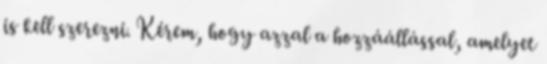
is kell szerezni. Kérem, hogy azzal a hozzáállással, amelyet